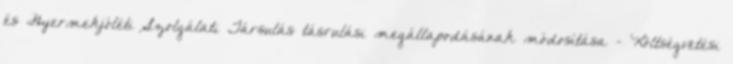
és Gyermekjóléti Szolgálati Társulás tásrulási megállapodásának módosítása - Költségvetési